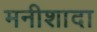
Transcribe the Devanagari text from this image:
मनीशादा